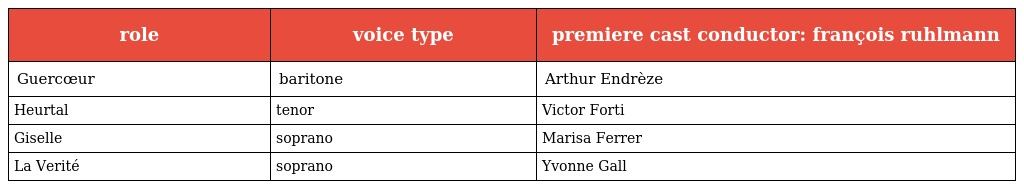
| role | voice type | premiere cast conductor: françois ruhlmann |
 | --- | --- | --- |
 | Guercœur | baritone | Arthur Endrèze |
 | Heurtal | tenor | Victor Forti |
 | Giselle | soprano | Marisa Ferrer |
 | La Verité | soprano | Yvonne Gall |